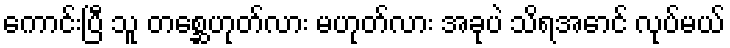
ကောင်းပြီ သူ တစ္ဆေဟုတ်လား မဟုတ်လား အခုပဲ သိရအောင် လုပ်မယ်